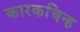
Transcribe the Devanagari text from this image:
कारकचिन्ह